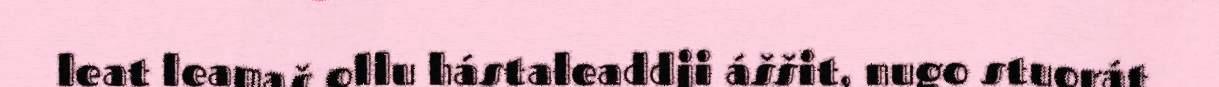
leat leamaš ollu hástaleaddji áššit, nugo stuorát